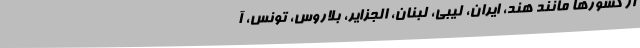
از کشورها مانند هند، ایران، لیبی، لبنان، الجزایر، بلاروس، تونس، آ